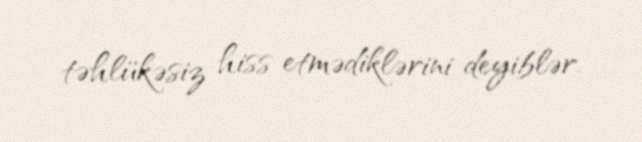
təhlükəsiz hiss etmədiklərini deyiblər.